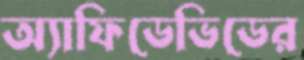
অ্যাফিডেভিডের